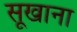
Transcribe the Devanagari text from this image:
सूखाना